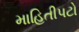
માહિતીપટો